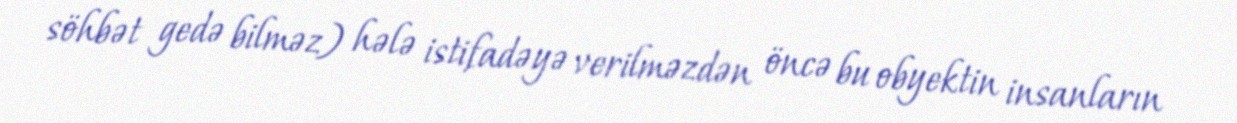
söhbət gedə bilməz) hələ istifadəyə verilməzdən öncə bu obyektin insanların